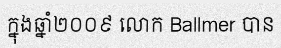
ក្នុងឆ្នាំ២០០៩ លោក Ballmer បាន